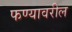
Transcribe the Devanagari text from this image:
फण्यावरील